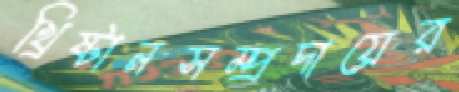
খ্রিষ্টানসম্প্রদায়ের